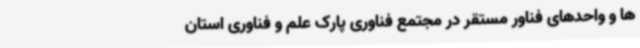
ها و واحدهای فناور مستقر در مجتمع فناوری پارک علم و فناوری استان